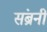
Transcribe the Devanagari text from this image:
संब्रनी